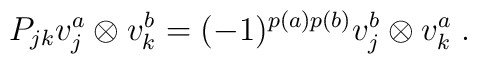
P_{jk}v_j^{a}\otimes v_k^{b}=(-1)^{p(a)p(b)}v_j^{b}\otimes v_k^{a}\;.